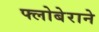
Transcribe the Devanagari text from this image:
फ्लोबेराने